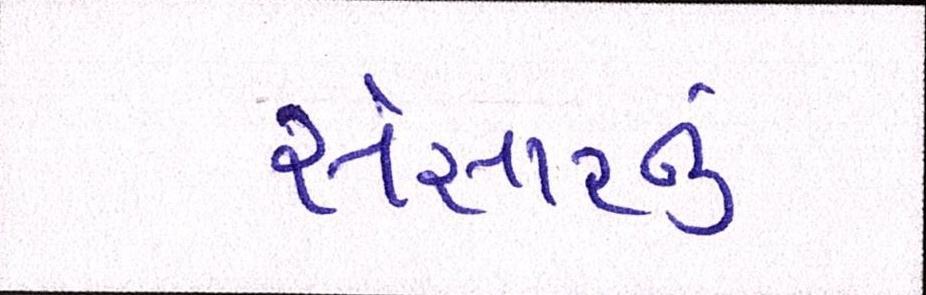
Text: સંસારનું